Bréfritari: Stefanía Siggeirsdóttir
Viðtakandi: Páll Pálsson
Dagsetning: A-1868-05-18
Skrifað á: Hraungerði  Árn.
Stefanía var bróðurdóttir Páls Pálssonar

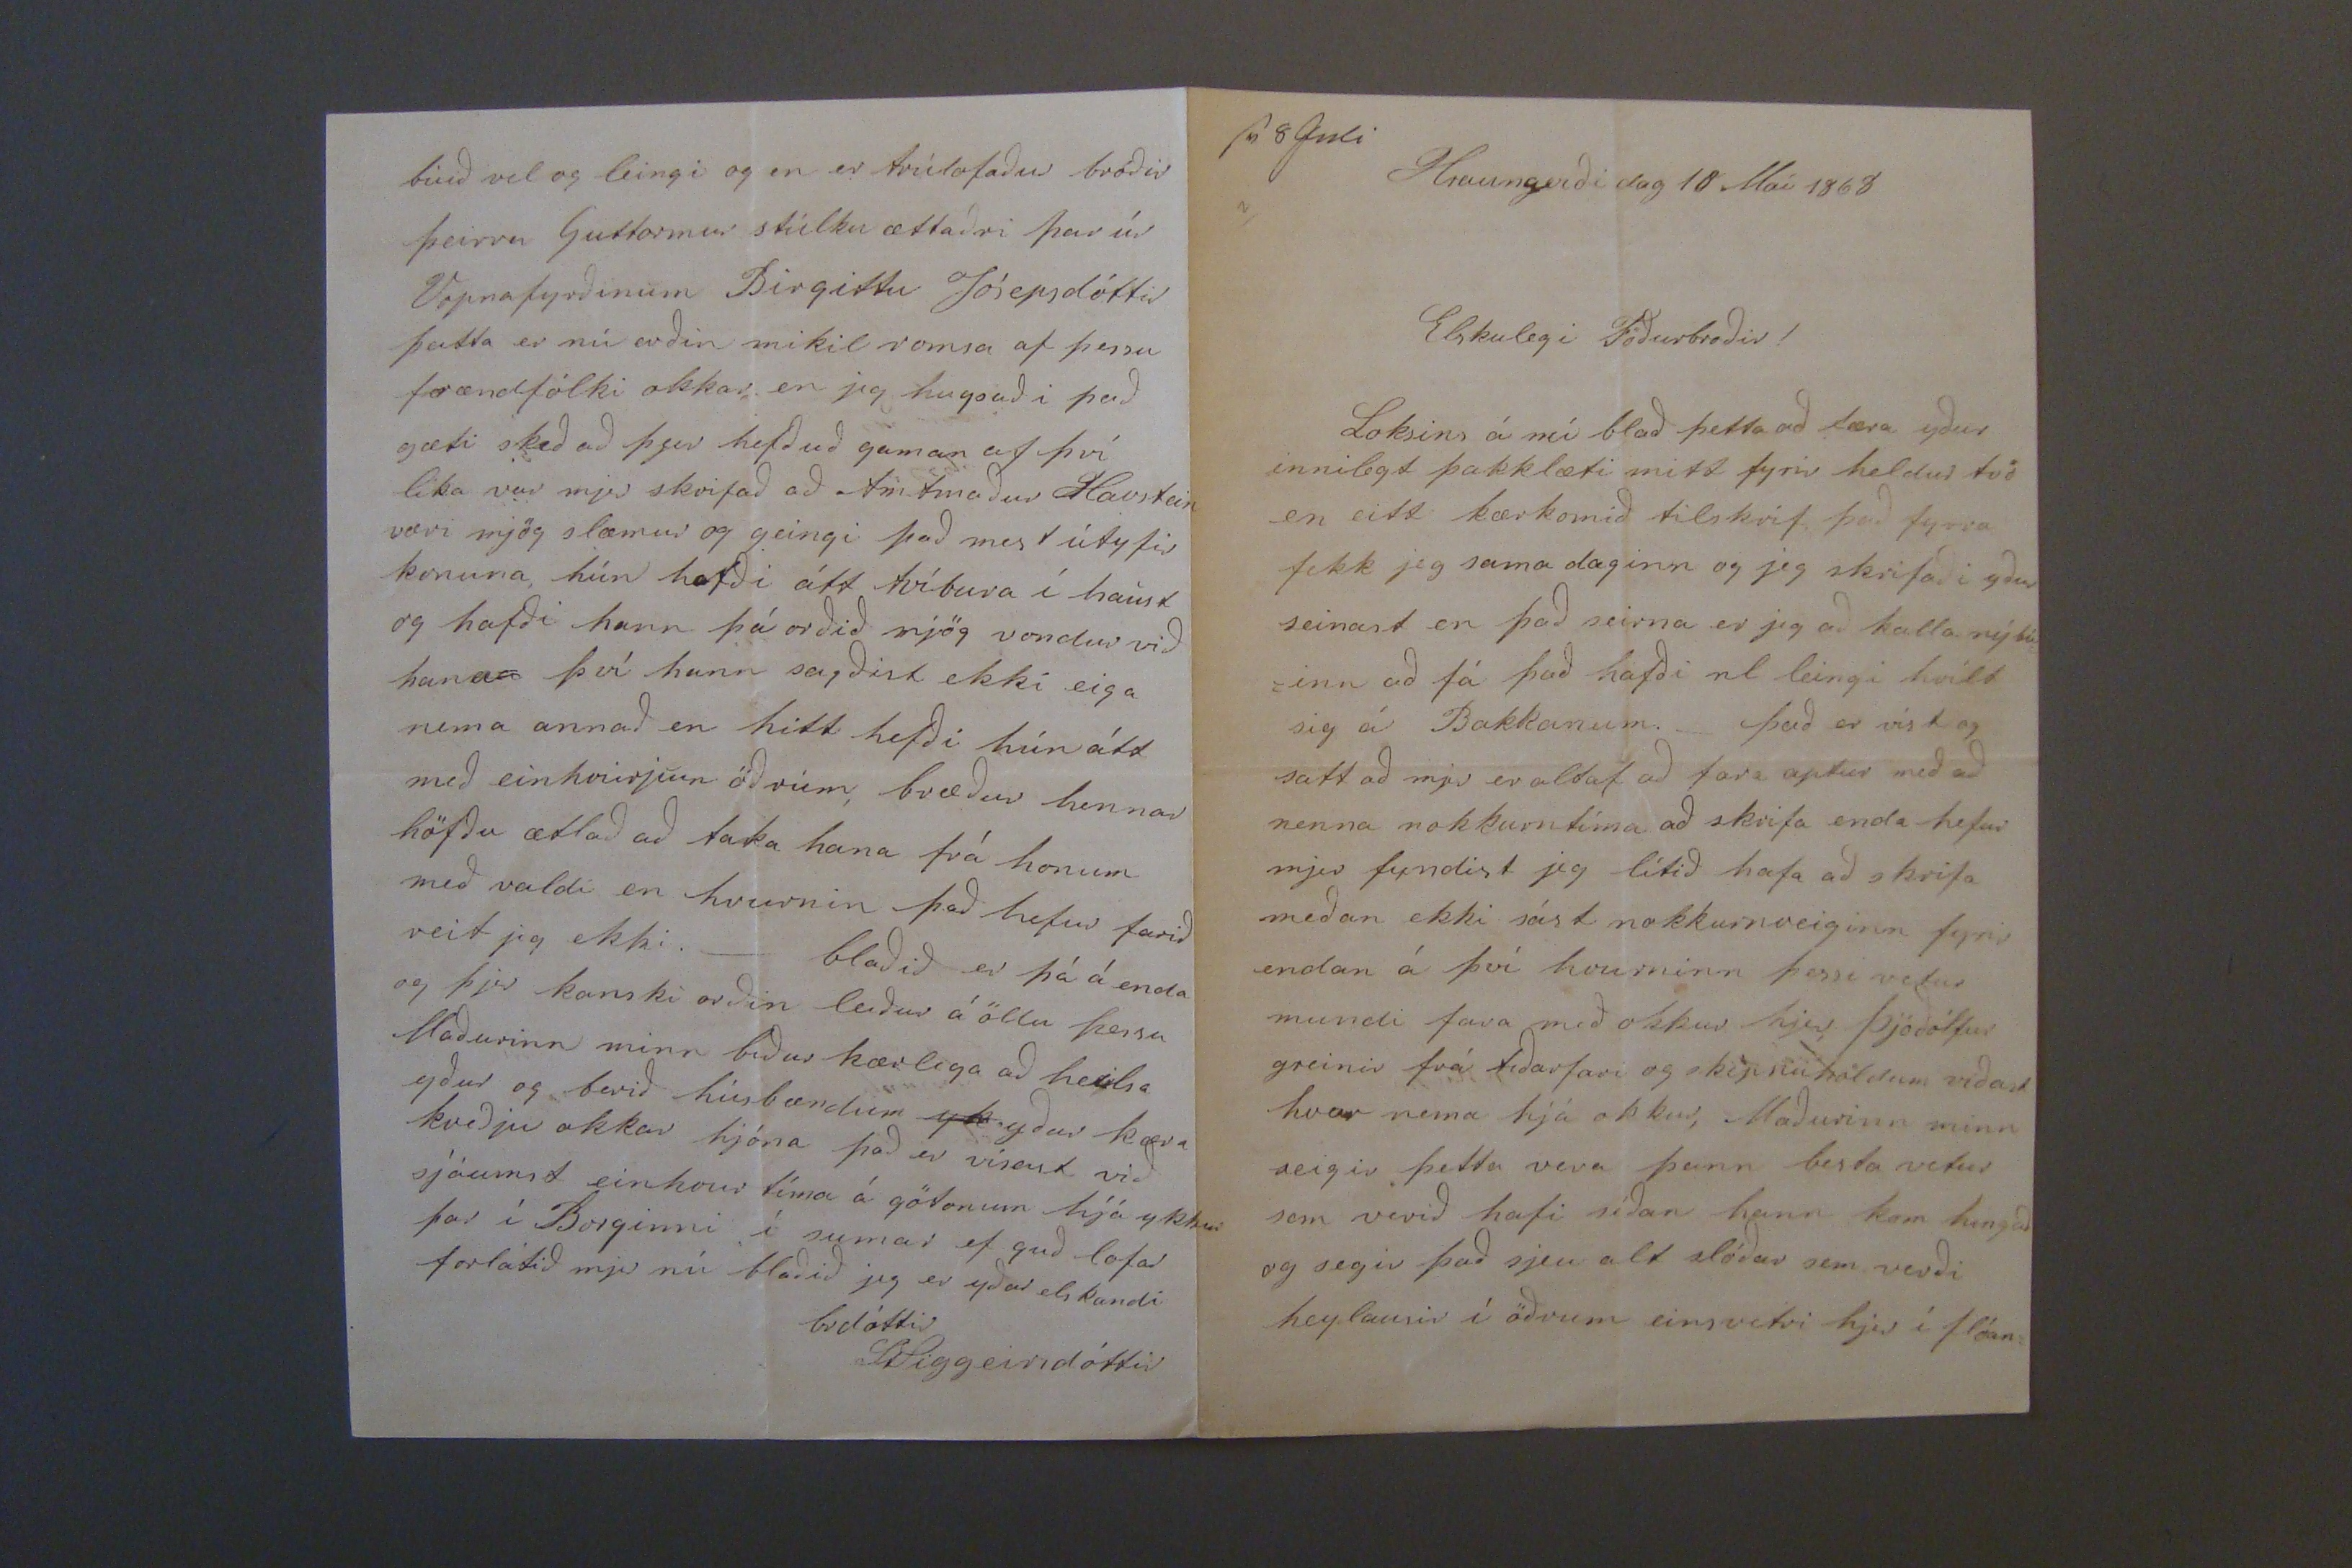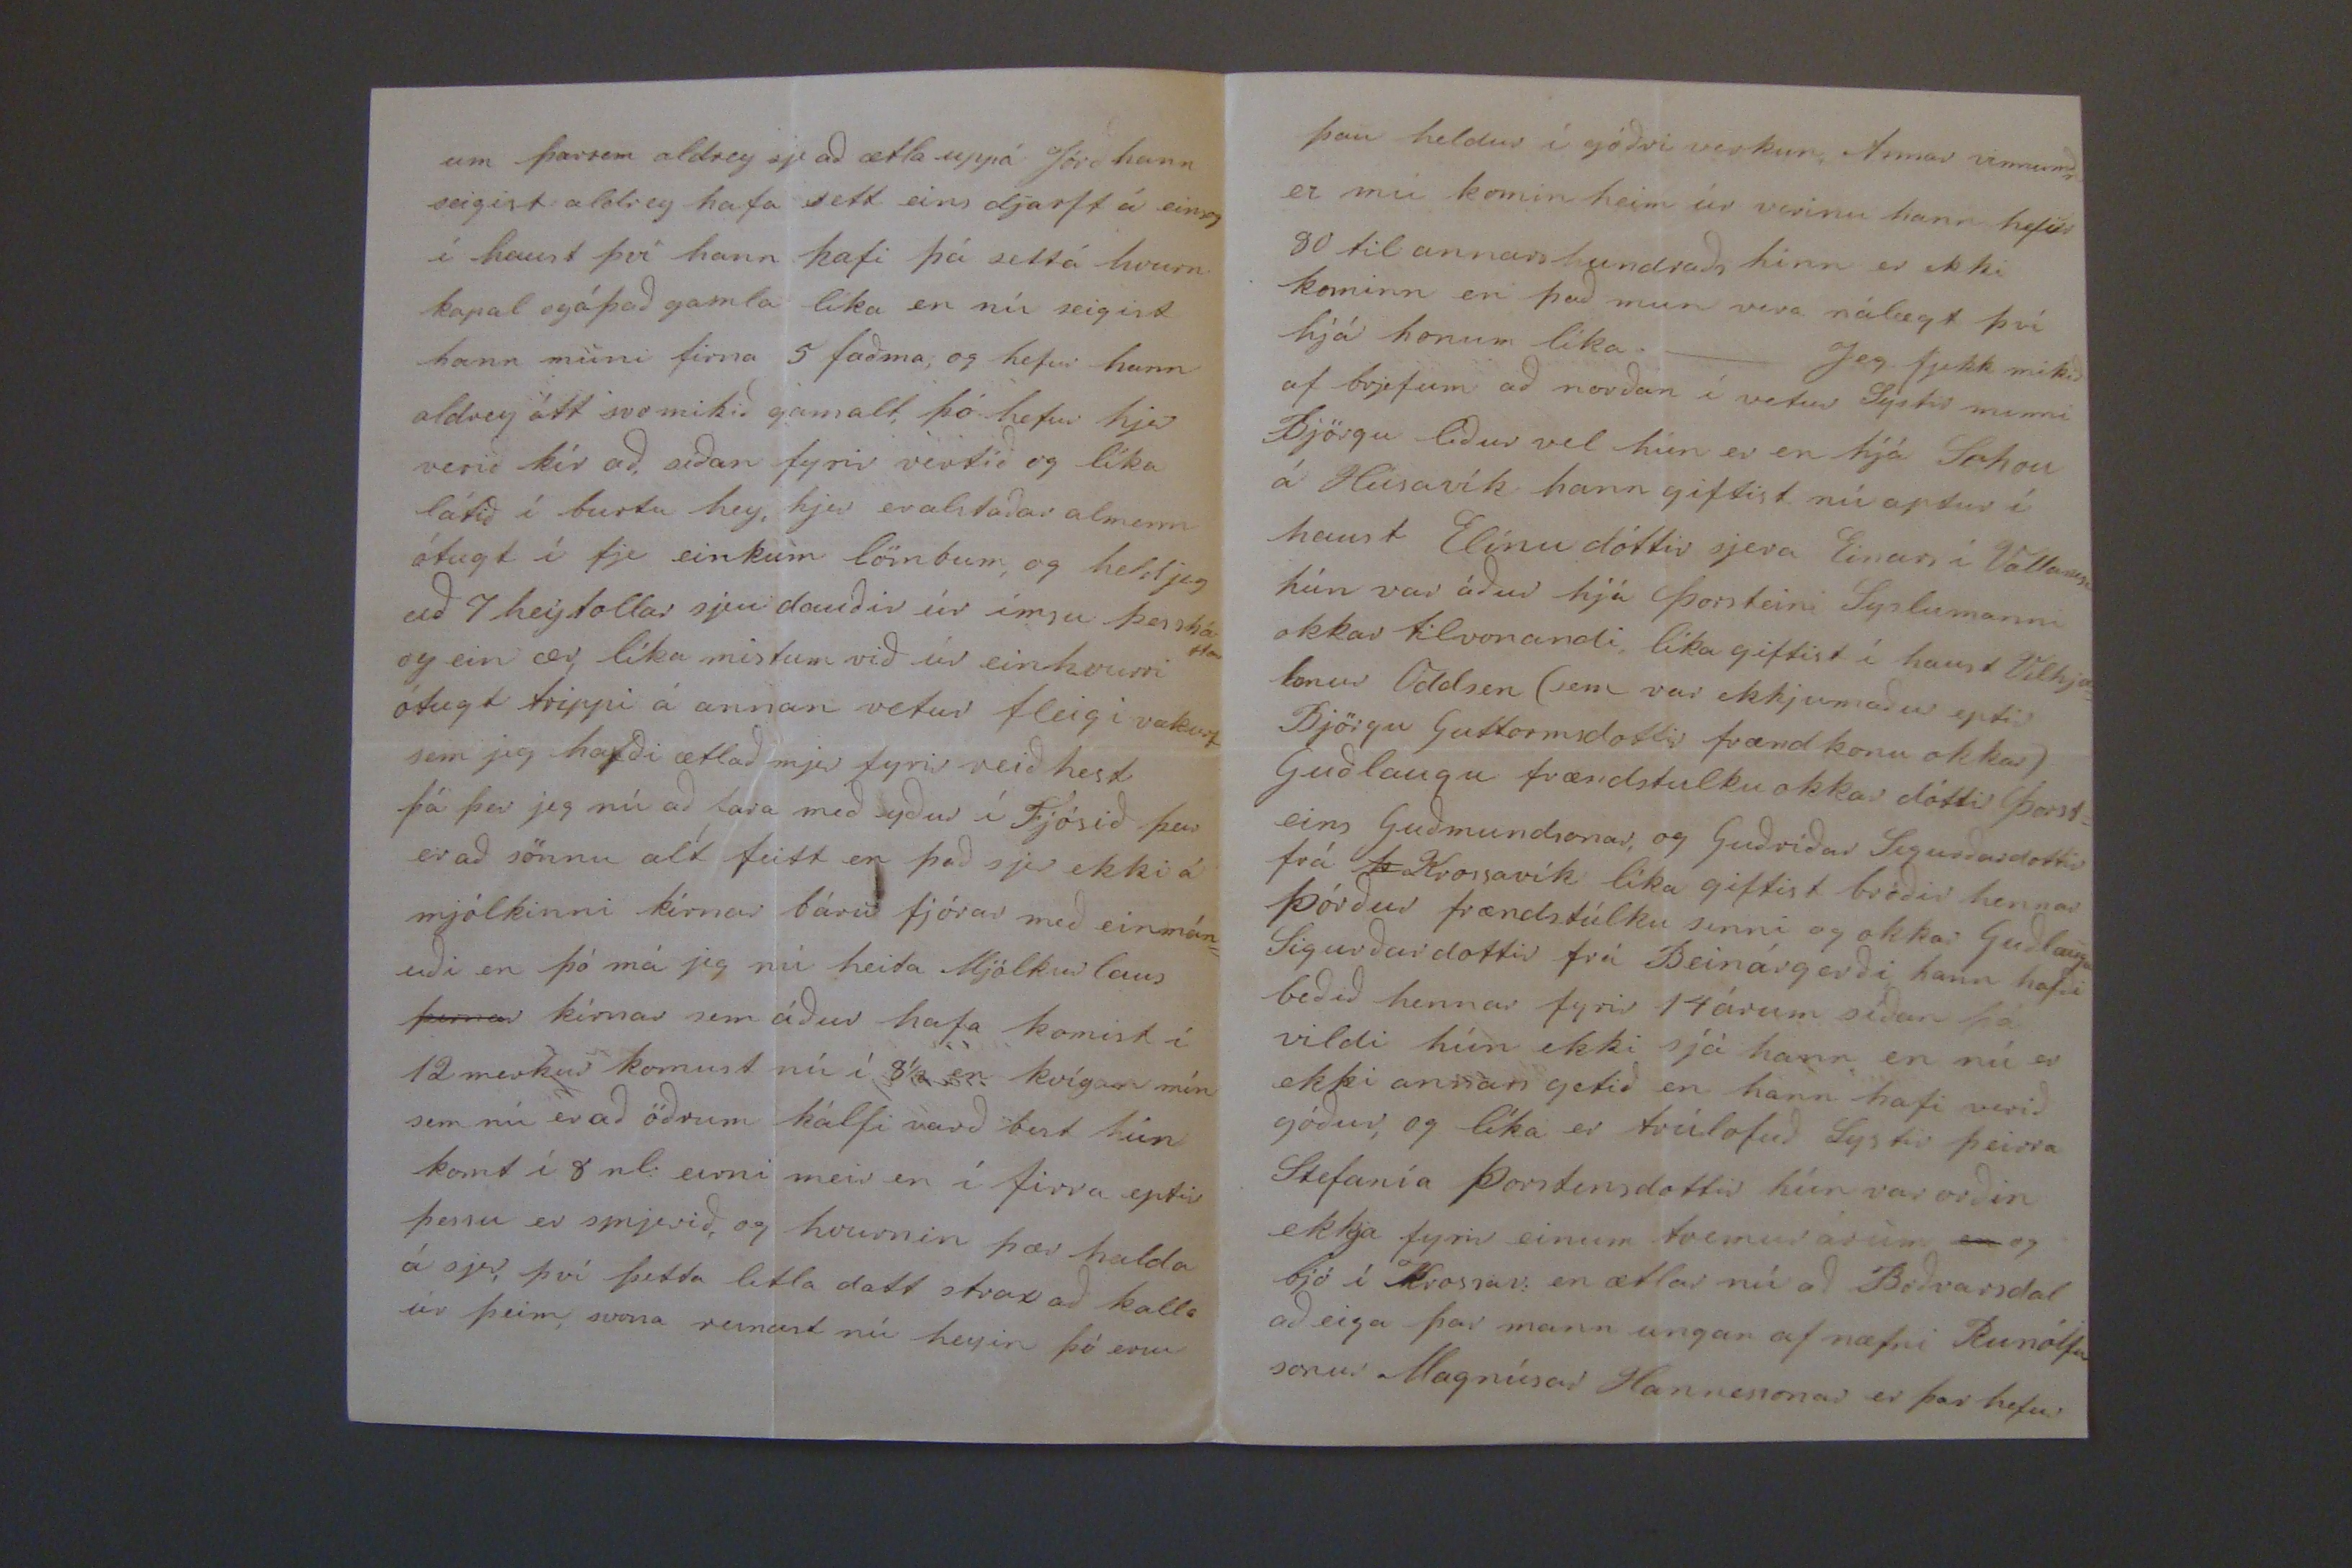

sv 8 Juli Hraungerði dag 18 Maí 1868
Elskulegi Föðurbroðir!
Loksins á nú blað þetta að færa yður innilegt þakklæti mitt fyrir heldur tvö en eitt kærkomið tilskrif það fyrra fekk jeg sama daginn og jeg skrifaði yður seinast en það seirna er jeg að kalla nýbú =inn að fá það hafði nl leingi hvílt sig á Bakkanum._ það er víst og satt að mjer er altaf að fara aptur með að nenna nokkurntíma að skrifa enda hefur mjer fundist jeg lítið hafa að skrifa meðan ekki sást nokkurnveiginn fyrir endan á því hvurninn þessi vetur mundi fara með okkur hjer Þjóðólfur greinir frá tíðarfari og sképnuhöldum víðast hvar nema hjá okkur, Maðurinn minn seigir þetta vera þann besta vetur sem verið hafi síðan hann kom híngað og segir það sjeu alt slóðar sem verði heylausir í öðrum eins vetri hjer í flóan=
um þarsem aldrey sje að ætla uppá
Jóri
hann seigist aldrey hafa sett eins djarft á einsog í haust því hann hafi þá settá hvurn kapal og á það gamla líka en nú seigist hann muni firna 5 faðma, og hefur hann aldrey átt svo mikið gamalt, þó hefur hjer verið kír að, síðan fyrir vertíð og líka látið í burtu hey, hjer er alstaðar almenn ótugt í fje einkum lömbum, og held jeg að 7 heytollar sjeu dauðir úr ímsu þessháttar og ein ær líka mistum við úr einhvurri ótugt trippi á annan vetur fleig i vakurt sem jeg hafði ætlað mjer fyrir reiðhest þá þar jeg nú að fara með syður í Fjósið þar er að sönnu alt feitt en það sjer ekki á mjólkinni kírnar báru fjórar með einmán= uði en þó má jeg nú heita Mjólkurlaus
þírnar
kírnar sem áður hafa komist í 12 merkur komust nú í 8 1/2 en kvígan mín sem nú er að öðrum kálfi varð bezt hún komt í 8 nl: eirni meir en í firra eptir þessu er smjerið, og hvurnin þær halda á sjer, því þetta litla datt strax að kalla úr þeim, svona reinast nú heyin þó eru
þau heldur í góðri verkun Annar vinnumðr er nú komin heim úr vorinu hann hefur 80 til annars hundraðs hinn er ekki kominn en það mun vera nálægt því hjá honum líka._ Jeg fjekk mikið af brjefum að norðan í vetur Systir minni Björgu líður vel hún er en hjá
Sehan
á Húsavík hann giftist nú aptur í haust Elínu dóttir sjera Einars í Vallanesi hún var áður hjá Þorsteini Syslumanni okkar tilvonandi líka giftist í haust Vilhja= lmur Oddsen (sem var ekkjumaður eptir Björgu Guttormsdottir frændkonu okkar) Guðlaugu frændstulku okkar dóttir (Þorst= eins Guðmundsonar, og Guðríðar Sigurðardottir frá
þ
Krossavík líka giftist bróðir hennar Þórður frændstúlku sinni og okkar Guðlaugu Sigurðardottir frá Beinárgerði hann hafði beðið hennar fyrir 14 árum síðan þá vildi hún ekki sjá hann en nú er ekki annars getið en hann hafi verið góður, og líka er trúlofuð Systir þeirra Stefanía Þorsteinsdottir hún var orðin ekkja fyrir einum tvemur árum
en
og bjó í Krossav: en ætlar nú að Boðvarsdal að eiga þar mann ungan af nafni Runólfur sonur Magnúsar Hannessonar er þar hefur
búið vel og leingi og en er trúlofaður bróðir þeirra Guttormur stúlku ættaðri þar úr Vopnafyrðinum Birgittu Jósepsdóttir þetta er nú orðin mikil romsa af þessu frændfólki okkar en jeg hugsaði það gæti skeð að þjer hefðuð gaman af því líka var mjer skrifað að Amtmaður Havstein væri mjög slæmur og geingi það mest útyfir konuna, hún hafði átt tvíbura í haust og hafði hann þá orðið mjög vondur við hana því hann sagðist ekki eiga nema annað en hitt hefði hún átt með einhvurjum öðrum, bræður hennar höfðu ætlað að taka hana frá honum með valdi en hvurnin það hefur farið veit jeg ekki._ blaðið er þá á enda og þjer kannski orðin leiður á öllu þessu Maðurinn minn biður kærliga að heilsa yður og berið húsbændum
yk
yðar kæra kveðju okkar hjóna það er vísast við sjáumst einhvur tíma á götonum hjá ykkur þar í Borginni í sumar ef guð lofar forlátið mjer nú blaðið jeg er yðar elskandi brdóttir
St Siggeirsdóttir